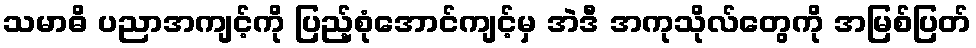
သမာဓိ ပညာအကျင့်ကို ပြည့်စုံအောင်ကျင့်မှ အဲဒီ အကုသိုလ်တွေကို အမြစ်ပြတ်